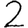
Digit: 2